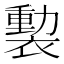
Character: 𧜻